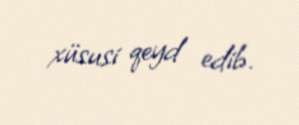
xüsusi qeyd edib.